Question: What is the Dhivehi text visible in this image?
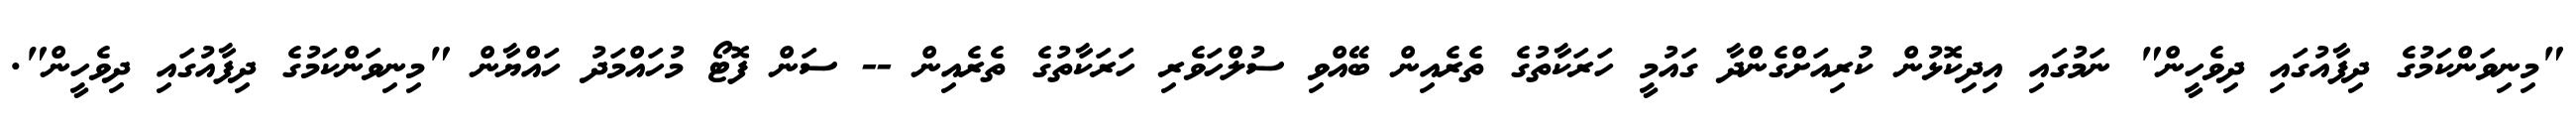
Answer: "މިނިވަންކަމުގެ ދިފާއުގައި ދިވެހީން" ނަމުގައި އިދިކޮޅުން ކުރިއަށްގެންދާ ގައުމީ ހަރަކާތުގެ ތެރެއިން ބޭއްވި ސުލްހަވެރި ހަރަކާތުގެ ތެރެއިން -- ސަން ފޮޓޯ މުހައްމަދު ހައްޔާން "މިނިވަންކަމުގެ ދިފާއުގައި ދިވެހީން".